Civil Veterinary Dept. Bombay admin report 1932-41 - 1932-1941
Year: 1932
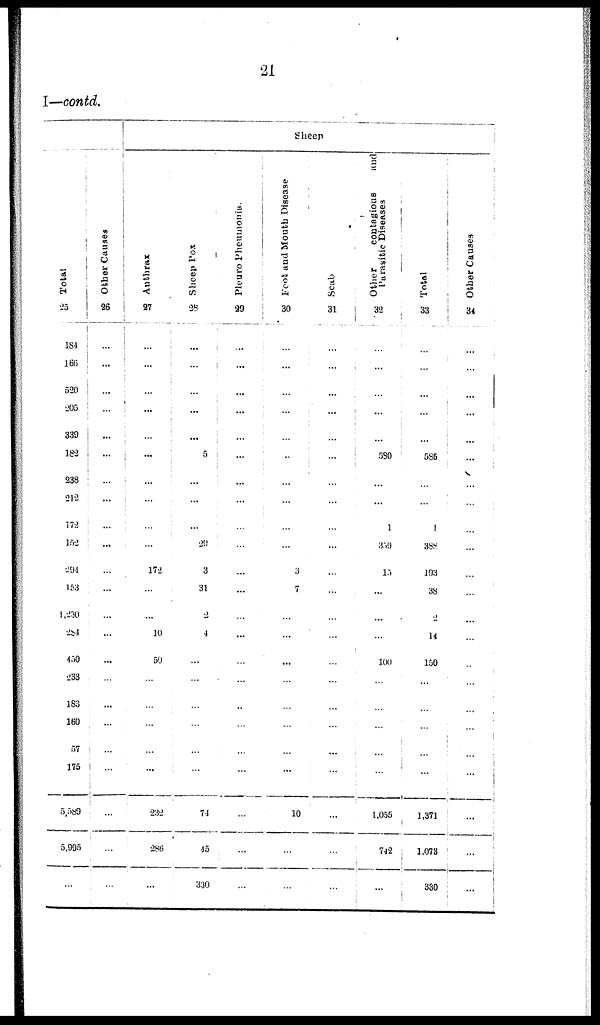
21
I—contd.
Total
25
184
166
520
205
339
183
238
212
172
152
291
153
1,230
284
430
233
183
160
57
175
5,589
5,995
...
Ot her Ca us e s
26
...
...
...
...
...
...
...
...
...
...
...
...
...
...
...
...
...
...
...
...
...
...
...
Sheep
Anthrax
27
...
...
...
...
...
...
...
...
...
...
172
...
...
10
50
...
...
...
...
...
232
286
...
Sheep Pox
28
...
...
...
...
...
5
...
...
...
29
3
31
2
4
...
...
...
...
...
...
74
45
330
Pleuro Pneumonia.
29
..
...
...
...
...
...
...
...
...
...
...
...
...
...
...
...
...
...
...
...
...
...
...
Foot and Mouth Disease
30
...
...
...
...
...
..
...
...
...
...
3
7
...
...
...
...
...
...
...
...
10
...
...
Scab
31
...
...
...
...
...
...
...
...
...
...
...
...
...
...
...
...
...
...
...
...
...
...
...
Other
contagions
and
Parasitic Diseases
32
...
...
...
...
...
580
...
...
1
359
13
...
...
...
100
...
...
...
...
...
1,055
742
...
Total
33
...
...
...
...
...
586
...
...
1
388
193
38
2
14
150
...
...
...
...
...
1,371
1,073
330
Other Causes
34
...
...
...
...
...
...
...
...
...
...
...
...
...
...
...
...
...
...
...
...
...
...
...